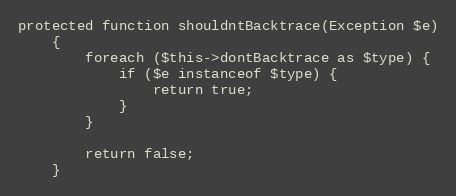
Language: PHP
protected function shouldntBacktrace(Exception $e)
    {
        foreach ($this->dontBacktrace as $type) {
            if ($e instanceof $type) {
                return true;
            }
        }

        return false;
    }